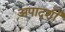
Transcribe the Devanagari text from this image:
अपादर्शी